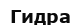
Гидра